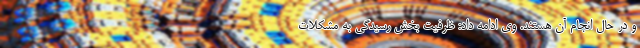
و در حال انجام آن هستند. وی ادامه داد: ظرفیت بخش رسیدگی به مشکلات